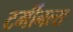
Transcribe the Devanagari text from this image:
टर्मीनल्स